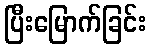
ပြီးမြောက်ခြင်း